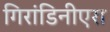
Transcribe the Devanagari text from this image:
गिरांडिनीएरा